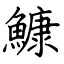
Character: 鱇